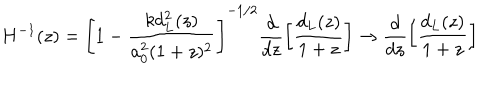
H ^ { - 1 } ( z ) = \left[ 1 - \frac { k d _ { L } ^ { 2 } ( z ) } { a _ { 0 } ^ { 2 } ( 1 + z ) ^ { 2 } } \right] ^ { - 1 / 2 } \frac { d } { d z } \left[ \frac { d _ { L } ( z ) } { 1 + z } \right] \to \frac { d } { d z } \left[ \frac { d _ { L } ( z ) } { 1 + z } \right]